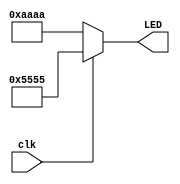
`timescale 1ns / 1ps

module led_driver(
    input clk,      // 2Hz
    output [15:0] LED
    );
    
    reg [15:0] scheme1 = 16'b0101_0101_0101_0101;
    reg [15:0] scheme2 = 16'b1010_1010_1010_1010;
    
    assign LED = (clk == 1) ? scheme1 : scheme2;
    
endmodule